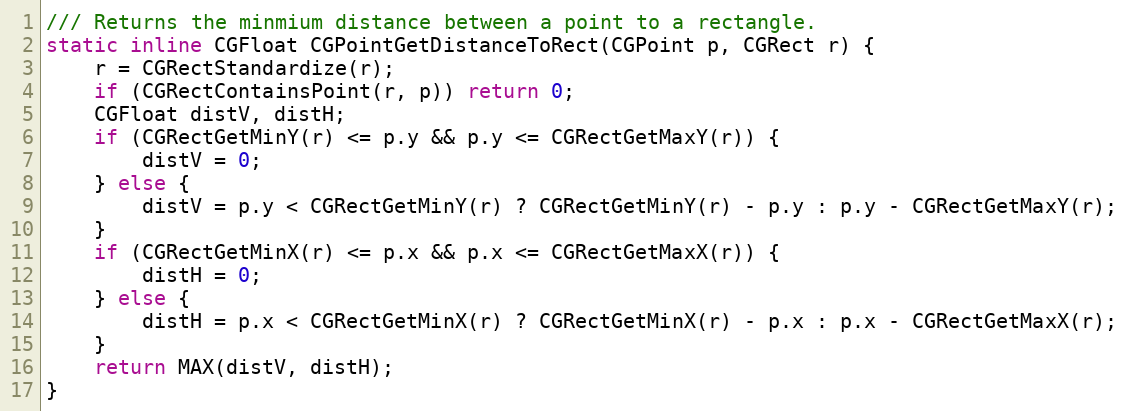
Language: C
/// Returns the minmium distance between a point to a rectangle.
static inline CGFloat CGPointGetDistanceToRect(CGPoint p, CGRect r) {
    r = CGRectStandardize(r);
    if (CGRectContainsPoint(r, p)) return 0;
    CGFloat distV, distH;
    if (CGRectGetMinY(r) <= p.y && p.y <= CGRectGetMaxY(r)) {
        distV = 0;
    } else {
        distV = p.y < CGRectGetMinY(r) ? CGRectGetMinY(r) - p.y : p.y - CGRectGetMaxY(r);
    }
    if (CGRectGetMinX(r) <= p.x && p.x <= CGRectGetMaxX(r)) {
        distH = 0;
    } else {
        distH = p.x < CGRectGetMinX(r) ? CGRectGetMinX(r) - p.x : p.x - CGRectGetMaxX(r);
    }
    return MAX(distV, distH);
}